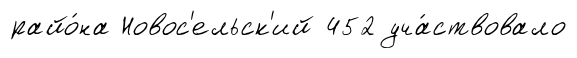
райо́на Новос'ельск'ий 452 уча́ствовало